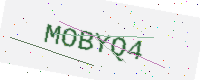
Text: MOBYQ4